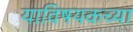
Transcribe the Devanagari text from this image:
याविषयकच्या